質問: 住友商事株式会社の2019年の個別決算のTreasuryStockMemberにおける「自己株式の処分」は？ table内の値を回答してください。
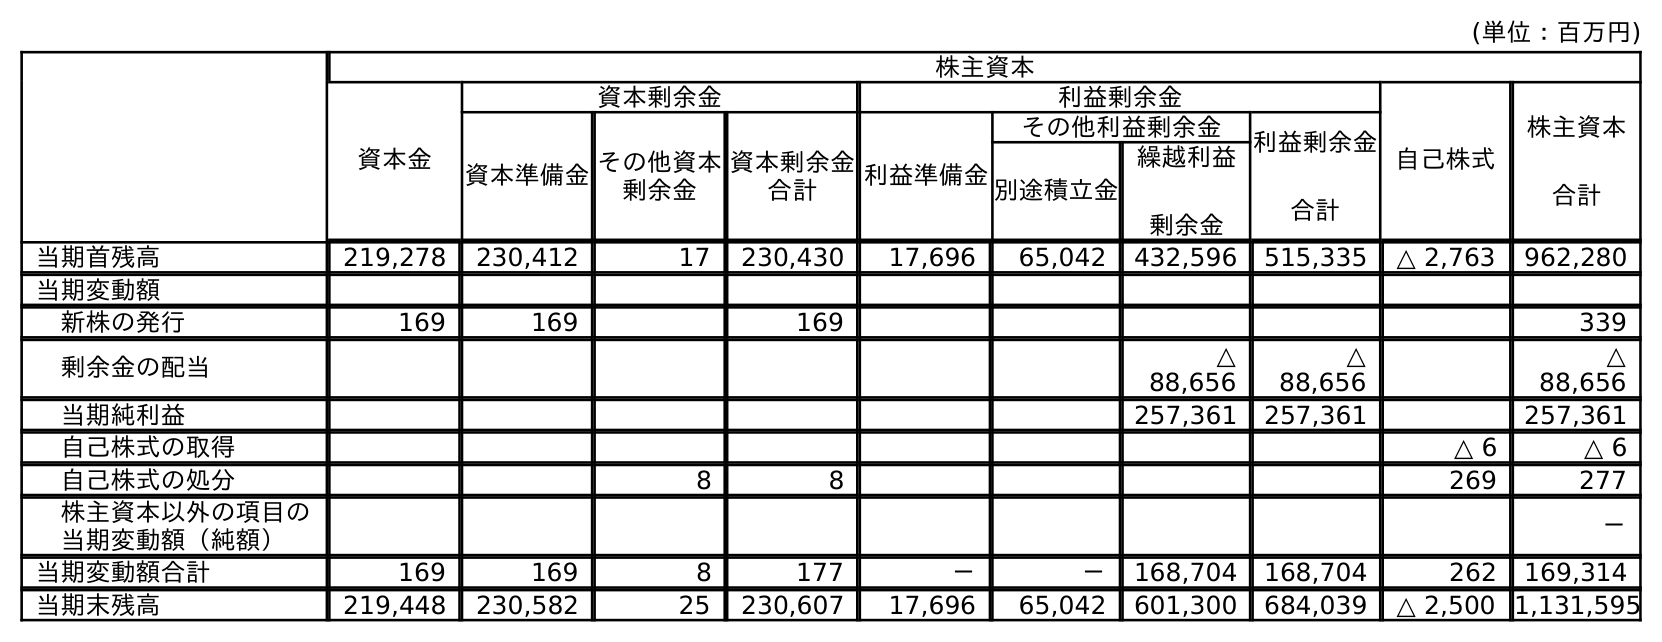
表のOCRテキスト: (単位：百万円) 株主資本 資本金 資本剰余金 利益剰余金 自己株式 株主資本 合計 資本準備金その他資本 剰余金 資本剰余金 合計 利益準備金 その他利益剰余金 利益剰余金 合計 別途積立金 繰越利益 剰余金 当期首残高 219,278 230,412 17 230,430 17,696 65,042 432,596 515,335 △ 2,763 962,280 当期変動額 新株の発行 169 169 169 339 剰余金の配当 △ 88,656 △ 88,656 △ 88,656 当期純利益 257,361 257,361 257,361 自己株式の取得 △ 6 △ 6 自己株式の処分 8 8 269 277 株主資本以外の項目の 当期変動額（純額） － 当期変動額合計 169 169 8 177 － － 168,704 168,704 262 169,314 当期末残高 219,448 230,582 25 230,607 17,696 65,042 601,300 684,039 △ 2,500 1,131,595
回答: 269